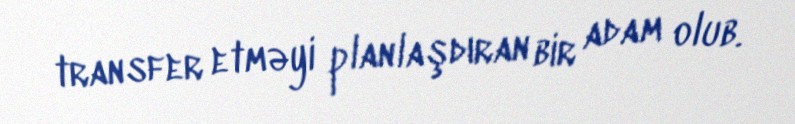
transfer etməyi planlaşdıran bir adam olub.